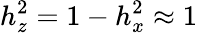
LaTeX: h_{z}^{2}=1-h_{x}^{2}\approx 1